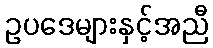
ဥပဒေများနှင့်အညီ